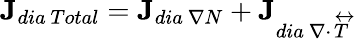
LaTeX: \textbf{J}_{dia\ Total}=\textbf{J}_{dia\ \nabla N}+\textbf{J}_{dia\ \nabla\cdot\overleftrightarrow{T}}